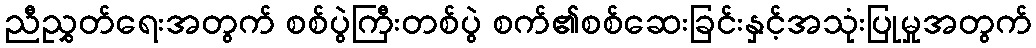
ညီညွှတ်ရေးအတွက် စစ်ပွဲကြီးတစ်ပွဲ စက်၏စစ်ဆေးခြင်းနှင့်အသုံးပြုမှုအတွက်